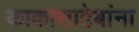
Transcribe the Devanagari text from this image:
काकासाहेबांना